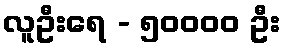
လူဦးရေ - ၅၀၀၀၀ ဦး